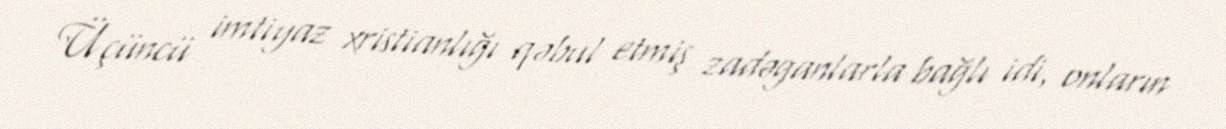
Üçüncü imtiyaz xristianlığı qəbul etmiş zadəganlarla bağlı idi, onların